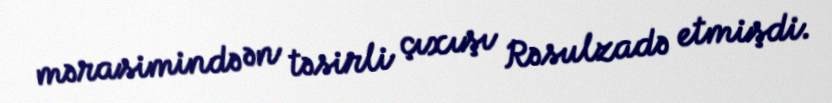
mərasimində ən təsirli çıxışı Rəsulzadə etmişdi.